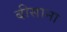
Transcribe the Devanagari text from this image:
बीसाना